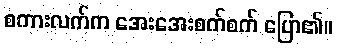
စကားလက်က အေးအေးစက်စက် ပြော၏။